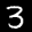
Label: 3